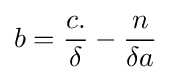
b={\frac {c.}{\delta }}-{\frac {n}{\delta a}}